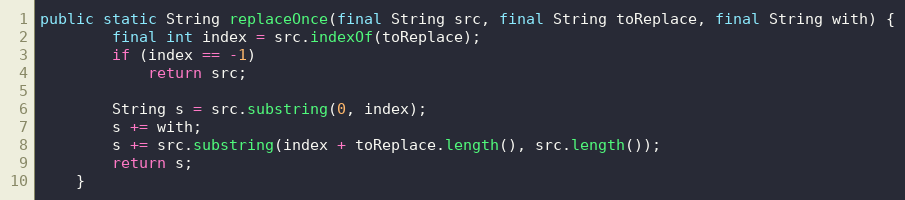
Language: Java
public static String replaceOnce(final String src, final String toReplace, final String with) {
		final int index = src.indexOf(toReplace);
		if (index == -1)
			return src;

		String s = src.substring(0, index);
		s += with;
		s += src.substring(index + toReplace.length(), src.length());
		return s;
	}